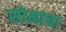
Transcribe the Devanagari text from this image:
सोमाचा